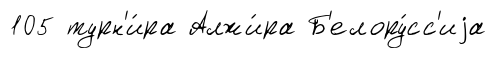
105 турн'и́ра Алжи́ра Б'елору́сс'иjа